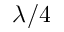
\lambda / 4